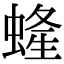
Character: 𧍰